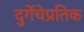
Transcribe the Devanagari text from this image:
दुर्गेचेप्रतिक